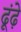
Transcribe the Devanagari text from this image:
ढूंढ़े